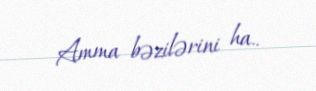
Amma bəzilərini ha..